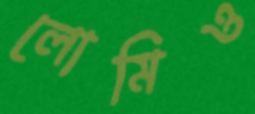
লোমিও